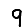
Digit: 9